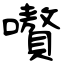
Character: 嚽